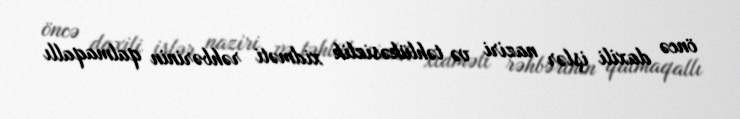
öncə daxili işlər naziri və təhlükəsizlik xidməti rəhbərinin qalmaqallı